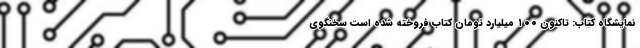
نمایشگاه کتاب: تاکنون ۱۰۰ میلیارد تومان کتاب فروخته شده است سخنگوی‌